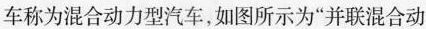
车称为混合动力型汽车，如图所示为”并联混合动